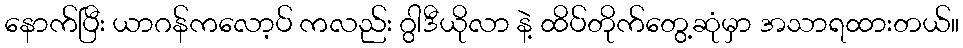
နောက်ပြီး ယာဂန်ကလော့ပ် ကလည်း ဂွါဒီယိုလာ နဲ့ ထိပ်တိုက်တွေ့ဆုံမှာ အသာရထားတယ်။